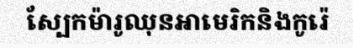
ស្បែកម៉ារូឈុនអាមេរិកនិងកូរ៉េ